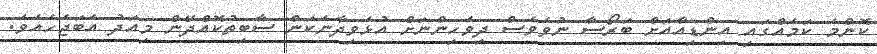
ކޮންމެ ކަމެއްގައި އިންޑިއާއަށް ބަރޯސާ ނުވެވެސް ދިވެހިންނަށް އުޅެވިދާނެކަން ސާބިތުކޮއްދޭން މިއަދު އެބަޖެހެއެވެ.